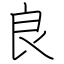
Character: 良